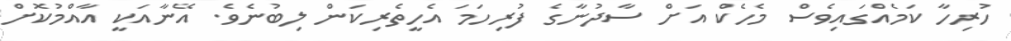
ހުރިހާ ކަމެއްގައިވެސް މެހެކް އަށް ސާދުނާގެ ފުރިހަމަ އެހީތެރިކަން ލިބުނެވެ. އޭނާއަކީ އާއްމުކޮށް